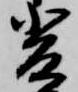
斐